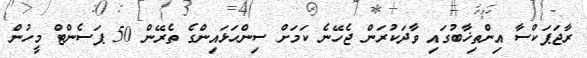
ރާޖަޕަކްސާ އިންތިޚާބުގައި ވާދަކުރަން ޖެހޭނެ ކަމަށް ސިންހަޅައިންގެ ތެރޭން 50 ޕަސެންޓް މީހުން